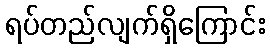
ရပ်တည်လျက်ရှိကြောင်း